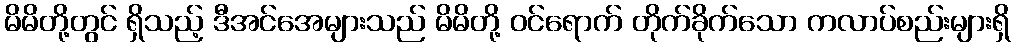
မိမိတို့တွင် ရှိသည့် ဒီအင်အေများသည် မိမိတို့ ဝင်ရောက် တိုက်ခိုက်သော ကလာပ်စည်းများရှိ